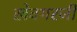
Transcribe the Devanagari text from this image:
खेवगरजी